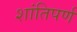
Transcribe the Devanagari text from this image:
शांतिपर्ण